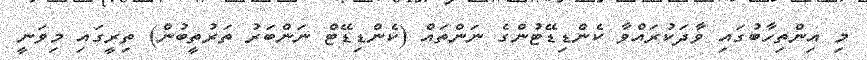
މި އިންތިހާބުގައި ވާދަކުރައްވާ ކެންޑިޑޭޓުންގެ ނަންތައް (ކެންޑިޑޭޓް ނަންބަރު ތަރުތީބުން) ތިރީގައި މިވަނީ